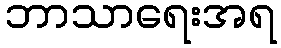
ဘာသာရေးအရ